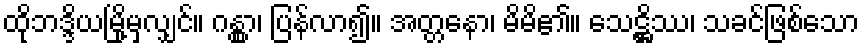
ထိုဘဒ္ဒိယမြို့မှလျှင်။ ဂန္တွာ၊ ပြန်လာ၍။ အတ္တနော၊ မိမိ၏။ သေဋ္ဌိဿ၊ သခင်ဖြစ်သော